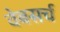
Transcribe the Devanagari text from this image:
वेबसर्च